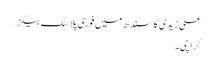
علی زیدی کا سندھ میں فوری پلاسٹک بیگز…
کراچی۔